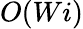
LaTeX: O(Wi)